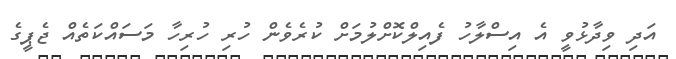
އަދި ވިދާޅުވީ އެ އިސްލާހު ފެއިލްކޮށްލުމަށް ކުރެވެން ހުރި ހުރިހާ މަސައްކަތެއް ޖެޕީގެ